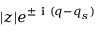
| z | e ^ { \pm \textbf { i } ( q - q _ { s } ) }